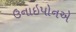
ઉનાઇપોનએ